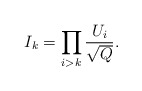
\begin{align*}I_k = \prod_{i > k} \frac{U_i}{\sqrt{Q}}{}.\end{align*}